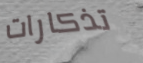
تذكارات